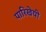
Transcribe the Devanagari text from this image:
पारिखेयी